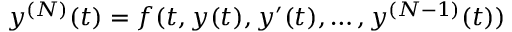
y ^ { ( N ) } ( t ) = f ( t , y ( t ) , y ^ { \prime } ( t ) , \ldots , y ^ { ( N - 1 ) } ( t ) )